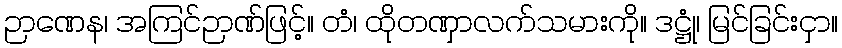
ဉာဏေန၊ အကြင်ဉာဏ်ဖြင့်။ တံ၊ ထိုတဏှာလက်သမားကို။ ဒဋ္ဌုံ၊ မြင်ခြင်းငှာ။